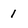
Character: 1